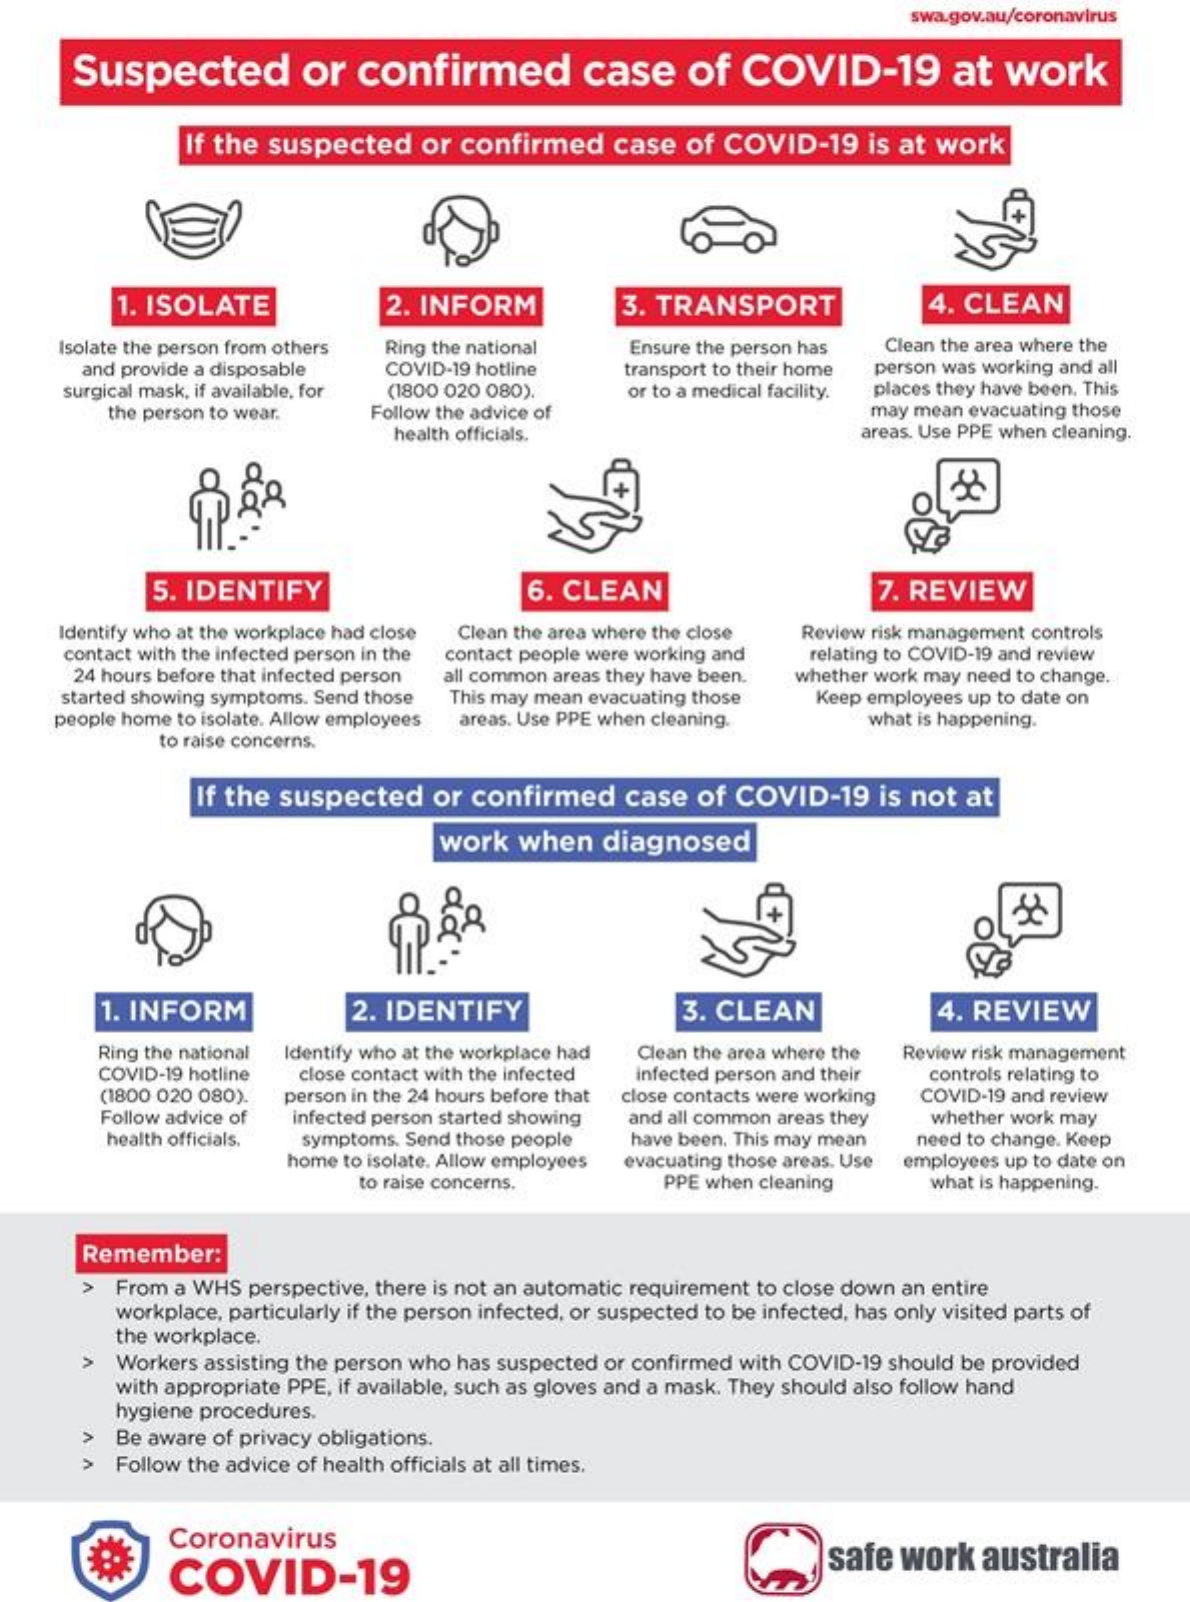
swa.gov.au/coronavirus
     Suspected    or  confirmed    case    of   COVID-19    at  work
     If the suspected    or confirmed    case   of COVID-19    is at work
     1. ISOLATE    2. INFORM    3. TRANSPORT    4. CLEAN
     Isolate the person from others Ring the national   Ensure the person has  Clean the area where the
     and provide a disposable    COVID-19 hotline
     surgical mask, if available, for (1800 020 080).
     transport to their home person was working and all
     places they have been. This
     the person to wear.
     or to a medical facility.
     Follow the advice of    may mean evacuating those
     health officials.    areas. Use PPE when cleaning.
     5. IDENTIFY    6. CLEAN    7. REVIEW
     Identify who at the workplace had close Clean the area where the close Review risk management controls
     contact with the infected person in the contact people were working and relating to COVID-19 and review
     24 hours before that infected person    whether work may need to change.
     started showing symptoms. Send those
     all common areas they have been.
     people home to isolate. Allow employees
     This may mean evacuating those
     areas. Use PPE when cleaning.
     Keep employees up to date on
     what is happening.
     to raise concerns.
     If the suspected    or confirmed    case  of COVID-19    is not  at
     work   when    diagnosed
     8   88
     1. INFORM    2. IDENTIFY    3. CLEAN    4. REVIEW
     Ring the national Identify who at the workplace had Clean the area where the Review risk management
     COVID-19 hotline
     (1800 020 080).
     close contact with the infected infected person and their
     person in the 24 hours before that close contacts were working
     controls relating to
     COVID-19 and review
     Follow advice of
     health officials.
     infected person started showing and all common areas they whether work may
     symptoms. Send those people
     home to isolate. Allow employees
     have been. This may mean  need to change. Keep
     evacuating those areas. Use employees up to date on
     to raise concerns.    PPE when cleaning    what is happening.
     Remember:
     From a WHS perspective, there is not an automatic requirement to close down an entire
     the workplace.
     workplace, particularly if the person infected, or suspected to be infected, has only visited parts of
     Workers assisting the person who has suspected or confirmed with COVID-19 should be provided
     with appropriate PPE, if available, such as gloves and a mask. They should also follow hand
     hygiene procedures.
     Be aware of privacy obligations.
     Follow the advice of health officials at all times.
     Coronavirus
     COVID-19
     safe  work   australia